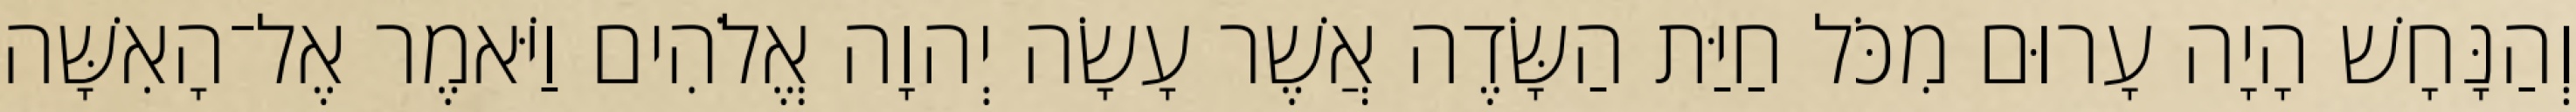
וְהַנָּחָשׁ הָיָה עָרוּם מִכֹּל חַיַּת הַשָּׂדֶה אֲשֶׁר עָשָׂה יְהוָה אֱלֹהִים וַיֹּאמֶר אֶל־הָאִשָּׁה